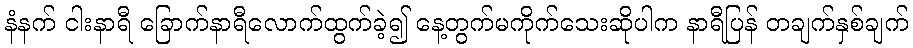
နံနက် ငါးနာရီ ခြောက်နာရီလောက်ထွက်ခဲ့၍ နေ့တွက်မကိုက်သေးဆိုပါက နာရီပြန် တချက်နှစ်ချက်